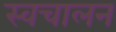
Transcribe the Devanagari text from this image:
स्‍वचालन